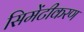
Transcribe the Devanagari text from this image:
सिमेंटीकरण